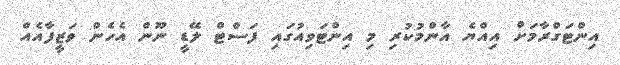
އިންޓަގްރާމަށް އިއްޔެ އާންމުކުރި މި އިންޓަވިއުގައި ފަސްޓް ލޭޑީ ނޫން އެހެން ވަޒީފާއެއް